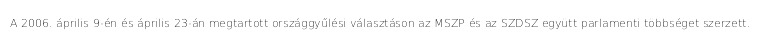
A 2006. április 9-én és április 23-án megtartott országgyűlési választáson az MSZP és az SZDSZ együtt parlamenti többséget szerzett.